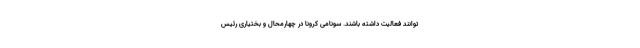
‌توانند فعالیت داشته باشند. سونامی کرونا در چهارمحال و بختیاری رئیس